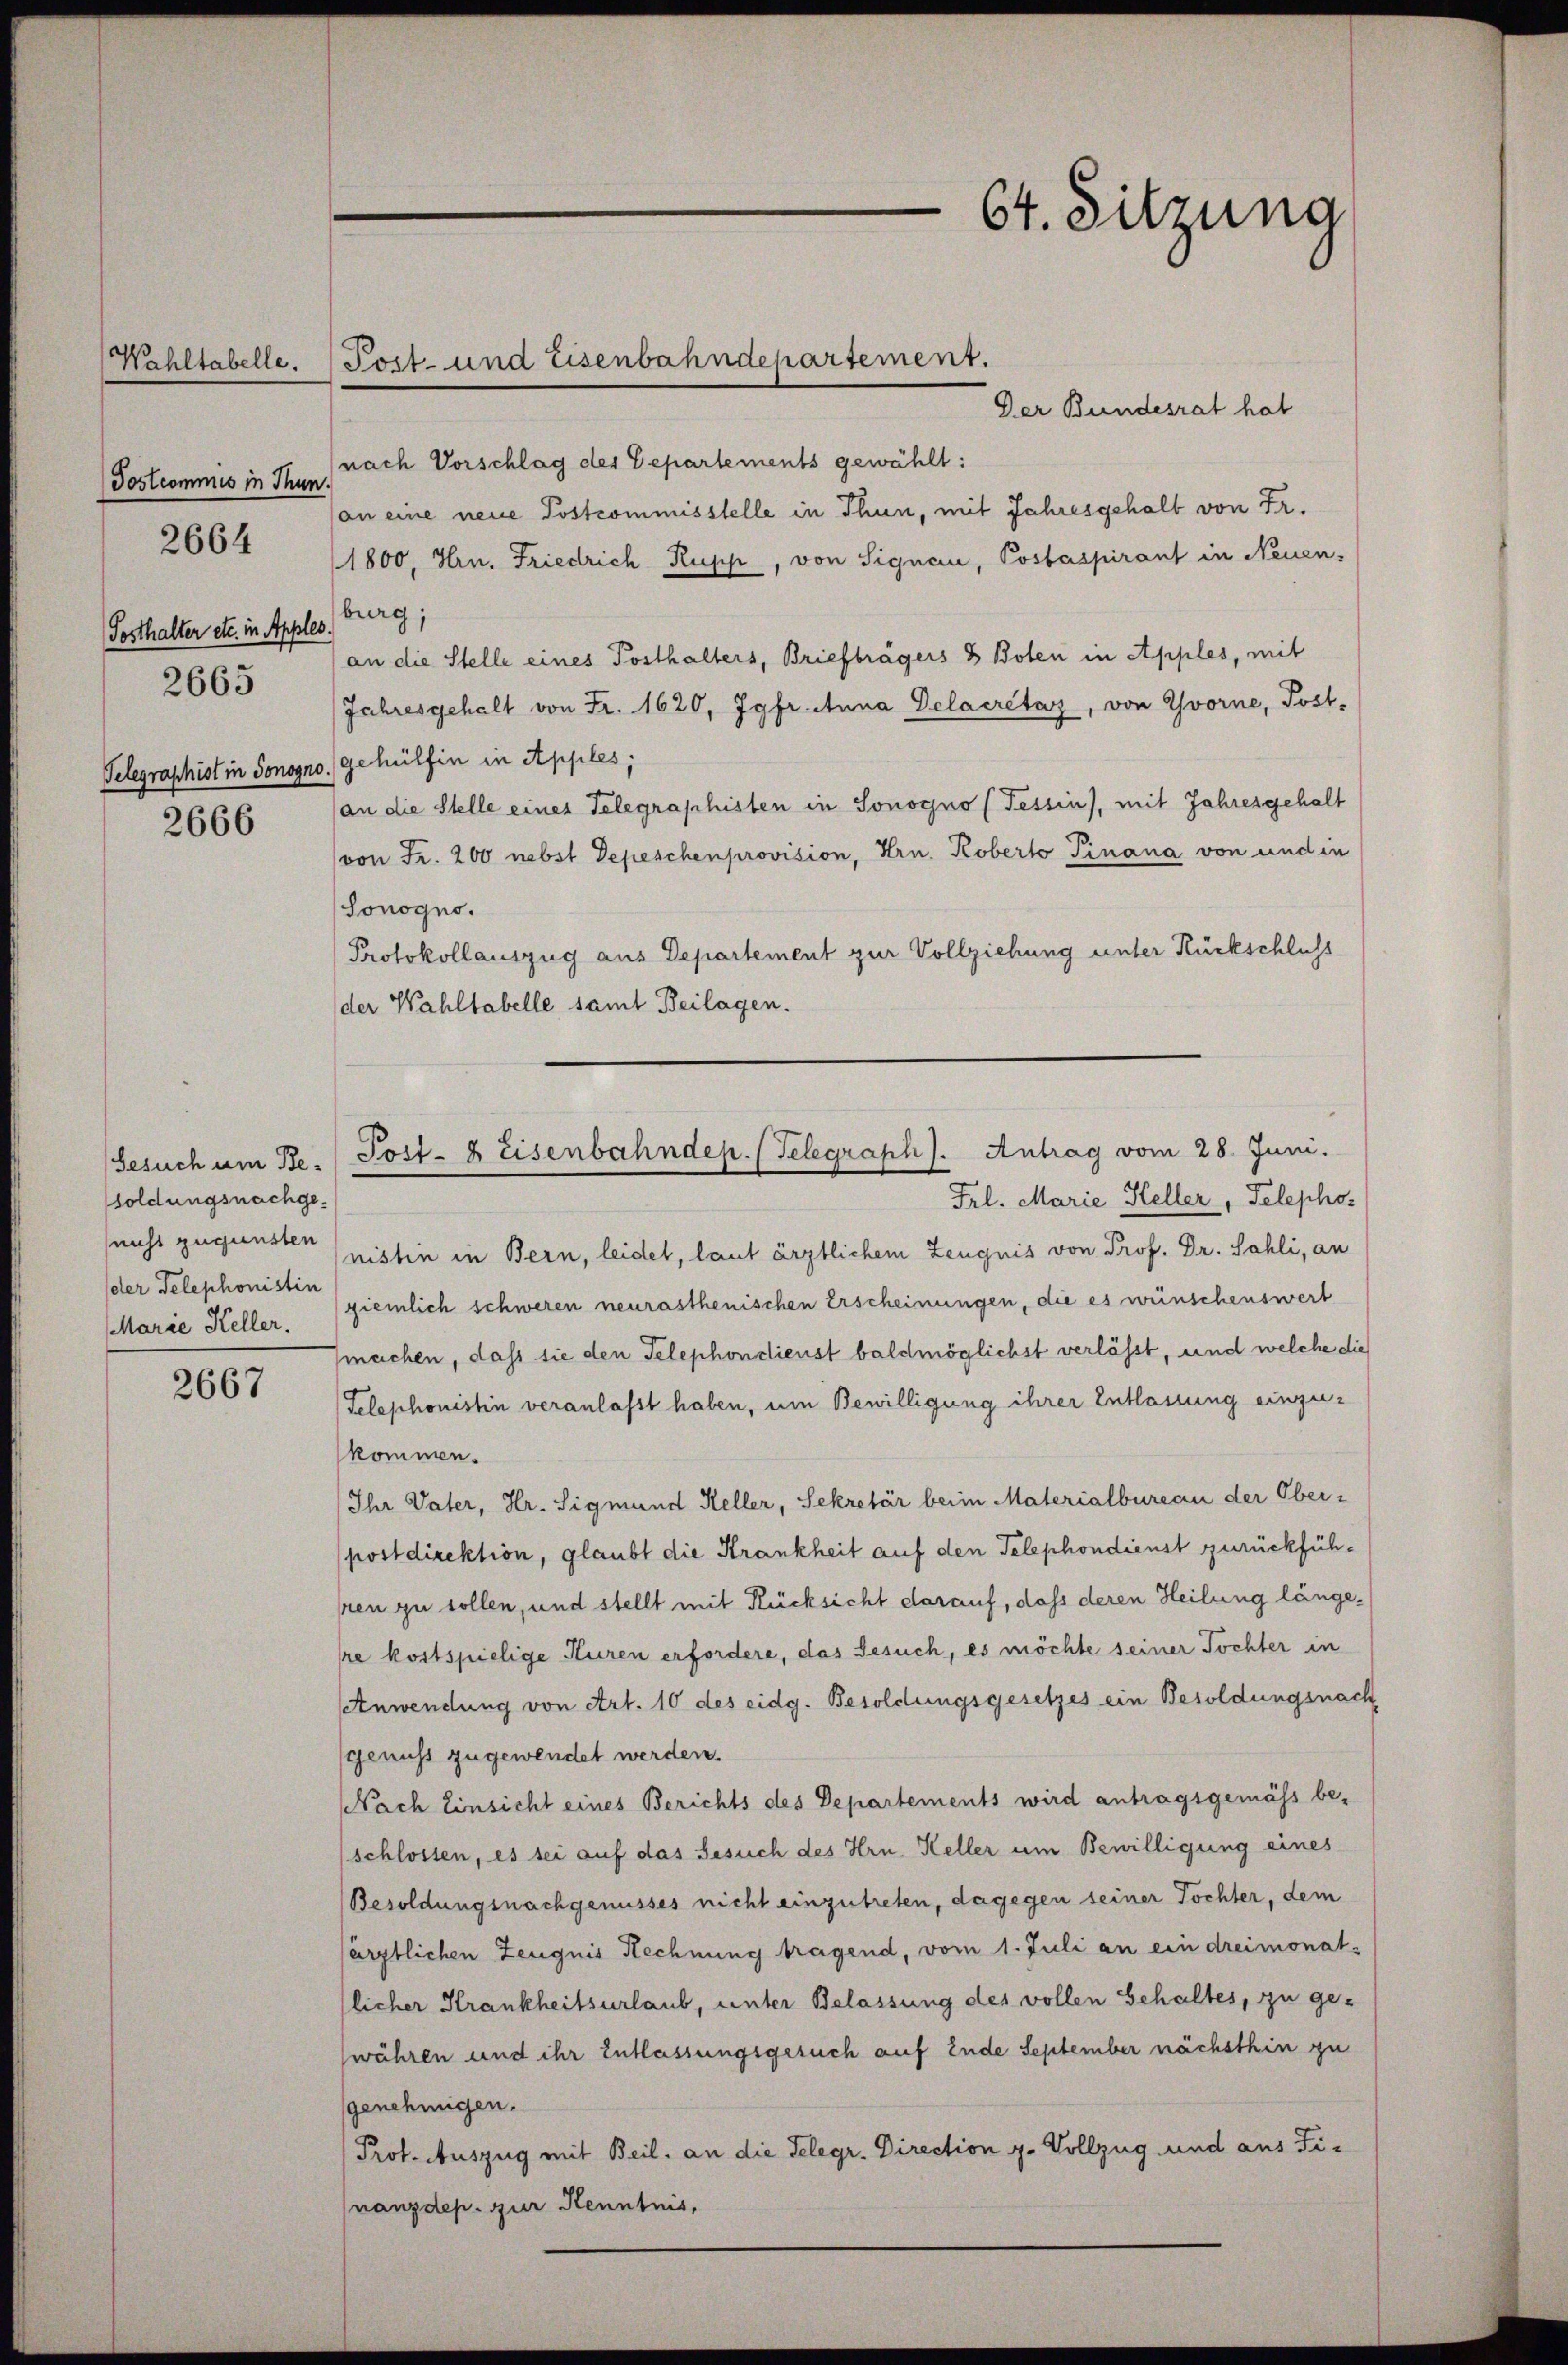
Wahltabelle.

Tostcommis in Thun.
Posthalter etc. in Apples.
2665
2666

2664

2667

soldungsnachgeder Telephonistin

Der Bundesrat hat
(nach Vorschlag der Departements gewählt:
an eine neue Postcommisstelle in Thun, mit Jahresgehalt von Fr.
1800, Hrn. Friedrich Rupp, von Signau, Postaspirant in Neuen-
burg;
an die Stelle eines Posthalters, Briefträgers & Boten in Apples, mit
Jahresgehalt von Fr. 1620, Jgfr. Anna Delacrétaz, von Yvorne, Post¬
Telegraphist in Sonogno, gehülfen in Apples,
(an die Stelle eines Telegraphisten in Sonogno (Tessin, mit Jahresgehalt
von Fr. 200 nebst Depeschenprovision, Hrn. Koberto Finana von und in
Sonogno.
Protokollauszug aus Departement zur Vollziehung unter Rückschluss
der Wahltabelle samt Beilagen.

Tost- und Eisenbahndepartement.

64. Sitzung

Frl. Marie Heller, Telepho-
(nicht zugunsten (nistin in Bern, leidet, laut ärztlichem Zeugnis von Prof. Dr. Sahli, an
Marie Keller. ziemlich schweren neurasthenischen Erscheinungen, die es wünschenswert
machen, daß sie den Telephonstienst baldmöglichst verlässt, und welche die
Telephonistin veranlasst haben, um Bewilligung ihrer Entlassung einzukommen.
Ihr Vater, Hr. Sigmund Keller, Sekretär beim Materialbureau der Ober-
postdirektion, glaubt die Krankheit auf den Telephondienst zurückfühsren zu sollen, und stellt mit Rücksicht darauf, daß deren Heilung längere kostspielige Kuren erfordere, das Gesuch, es möchte seiner Tochter in
Anwendung von Art. 10 des eidg. Besoldungsgesetzes ein Besoldungsnach
genuss zugewendet werden.
Nach Einsicht eines Berichts des Departements wird antragsgemäss be-
schlossen, es sei auf das Besuch des Hrn. Keller um Bewilligung eines
Besoldungsnachgenusses nicht einzutreten, dagegen seiner Tochter, dem
ärztlichen Zeugnis Rechnung tragend, vom 1. Juli an ein dreimonatlicher Krankheitsurlaub, unter Belassung des vollen Gehaltes, zu ge-
währen und ihr Entlassungsgesuch auf Ende September nächsthin zu
genehmigen.
Prot. Auszug mit Beil, an die Telegr. Direction g. Vollzug und aus Finanzdep. zur Kenntnis,

Gesuch um Be. Post- & Eisenbahndep. (Telegraph). Antrag vom 28. Juni.